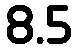
8.5